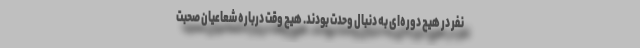
نفر در هیچ دوره‌ای به دنبال وحدت بودند. هیچ وقت درباره شعاعیان صحبت